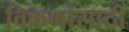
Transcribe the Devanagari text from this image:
विक्रमांसाठी